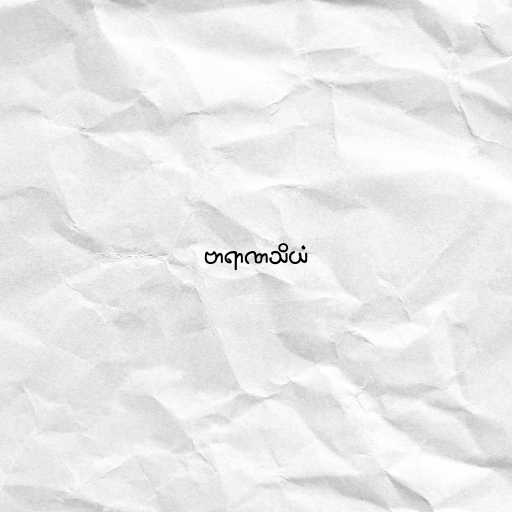
ဗာရာဏသိယံ